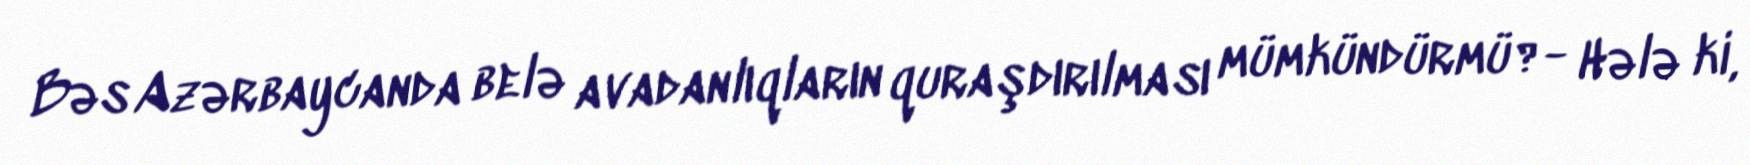
Bəs Azərbaycanda belə avadanlıqların quraşdırılması mümkündürmü?- Hələ ki,